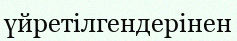
үйретілгендерінен